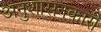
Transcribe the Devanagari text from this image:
अनुशासनकारी